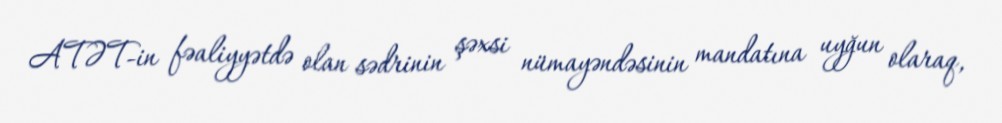
ATƏT-in fəaliyyətdə olan sədrinin şəxsi nümayəndəsinin mandatına uyğun olaraq,